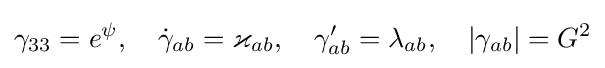
\gamma _{33}=e^{\psi },\quad {\dot {\gamma }}_{ab}=\varkappa _{ab},\quad \gamma _{ab}^{\prime }=\lambda _{ab},\quad |\gamma _{ab}|=G^{2}